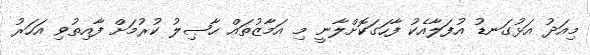
މިއަދު އަޅުގަނޑު އުފަލާއެކު ފާހަގަކޮށްލާނީ މި އަމާޒުތައް ޙާޞިލު ކުރުމަށް ފާއިތުވި އަހަރު